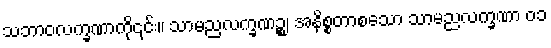
သဘာဝလက္ခဏာကို၎င်း။ သာမညလက္ခဏဉ္စ၊ အနိစ္စတာစသော သာမညလက္ခဏာ ၀၁